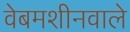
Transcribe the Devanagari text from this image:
वेबमशीनवाले